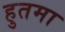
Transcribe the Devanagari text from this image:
हुतमा